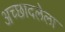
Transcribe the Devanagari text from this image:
अच्छादलेला